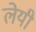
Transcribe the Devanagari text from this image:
लेयी